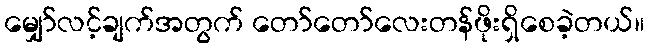
မျှော်လင့်ချက်အတွက် တော်တော်လေးတန်ဖိုးရှိစေခဲ့တယ်။